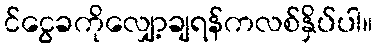
င်ငွေခကိုလျှော့ချရန်ကလစ်နှိပ်ပါ။